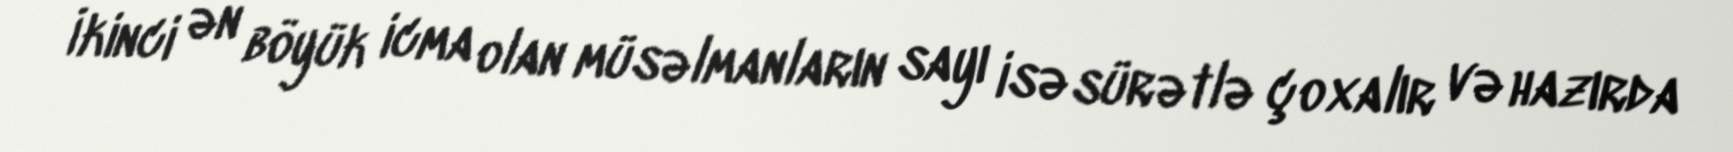
İkinci ən böyük icma olan müsəlmanların sayı isə sürətlə çoxalır və hazırda